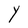
Character: Y